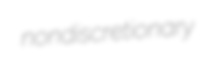
nondiscretionary